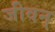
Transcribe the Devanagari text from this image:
जीवन्